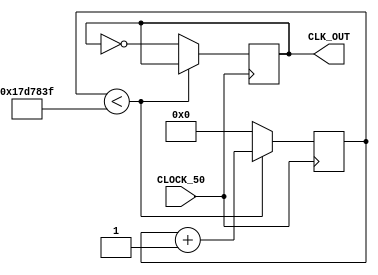
module Clock_Divider(CLOCK_50, CLK_OUT);

	input CLOCK_50;
	output CLK_OUT;
	
	reg [24:0] COUNT = 0;
	reg CLK_OUT = 0;

	always @(posedge CLOCK_50) 
	begin
		if (COUNT < 24999999) begin
				COUNT <= COUNT + 1;
		end
		else begin
			COUNT <= 0;
			CLK_OUT <= ~CLK_OUT;
		end
	end
endmodule